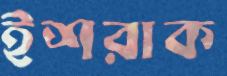
ইশরাক